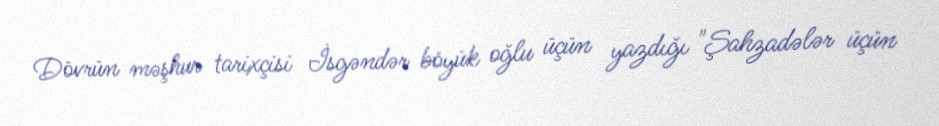
Dövrün məşhur tarixçisi İsgəndər böyük oğlu üçün yazdığı "Şahzadələr üçün